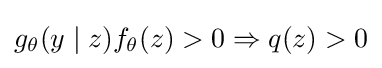
g_{\theta }(y\mid z)f_{\theta }(z)>0\Rightarrow q(z)>0